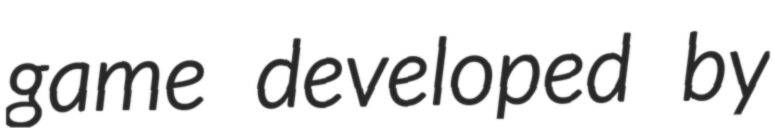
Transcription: game developed by